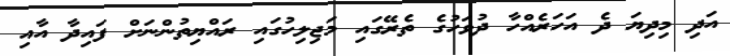
އަދި މިދިޔަ ދެ އަހަރެއްހާ ދުވަހުގެ ތެރޭގައި މަޖިލިހުގައި ރައްޔިތުންނަށް ފައިދާ އާއި